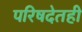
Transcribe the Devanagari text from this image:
परिषदेतही